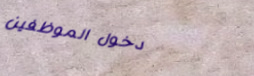
دخول الموظفين